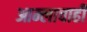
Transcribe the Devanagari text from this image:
आम्लाचाही